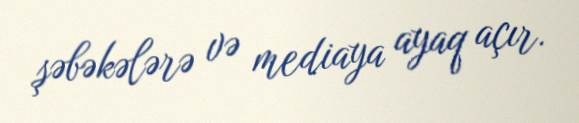
şəbəkələrə və mediaya ayaq açır.